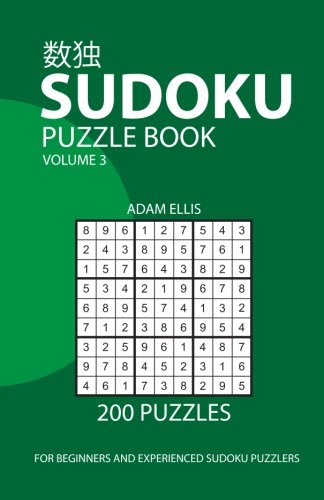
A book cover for Sudoku Puzzle Book Volume 3: 200 Puzzles; Adam Ellis; Humor & Entertainment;